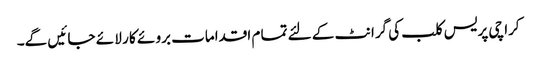
کرا چی پریس کلب کی گرا نٹ کے لئے تما م اقدامات برو ئے کا ر لا ئے جا ئیں گے۔